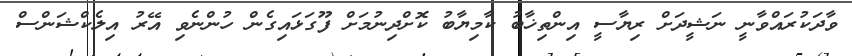
ވާދަކުރައްވާނީ ނަޝީދަށް ރިޔާސީ އިންތިޚާބު ކާމިޔާބު ކޮށްދިނުމަށް ފޫގަޅައިގެން ހުންނެވި އޭރު އިލެކްޝަންސް